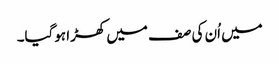
میں اُن کی صف میں کھڑا ہوگیا۔